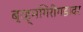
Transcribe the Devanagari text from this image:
ब्रह्मगिरीगडावर